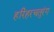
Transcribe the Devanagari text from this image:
हरिहरचतुरंग